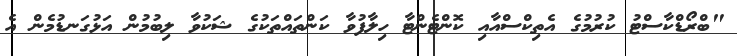
"ބްރޯޑްކާސްޓު ކުރުމުގެ އެތިކްސްއާއި ކޮންޓެންޓާ ހިލާފުވާ ކަންތައްތަކުގެ ޝަކުވާ ލިބުމުން އަޅުގަނޑުމެން އެ